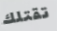
تقتلك